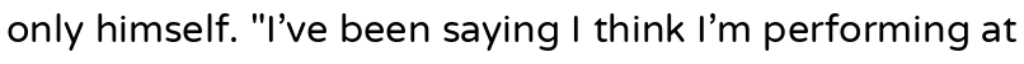
only himself. "I've been saying I think I'm performing at